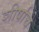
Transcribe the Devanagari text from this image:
शीर्षाचे